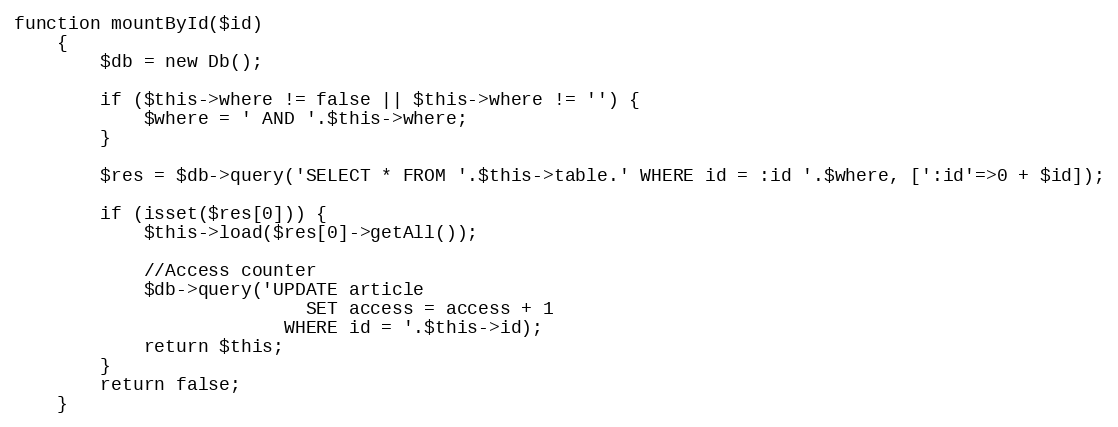
Language: PHP
function mountById($id)
    {
        $db = new Db();

        if ($this->where != false || $this->where != '') {
            $where = ' AND '.$this->where;
        }

        $res = $db->query('SELECT * FROM '.$this->table.' WHERE id = :id '.$where, [':id'=>0 + $id]);

        if (isset($res[0])) {
            $this->load($res[0]->getAll());

            //Access counter
            $db->query('UPDATE article
                           SET access = access + 1
                         WHERE id = '.$this->id);
            return $this;
        }
        return false;
    }